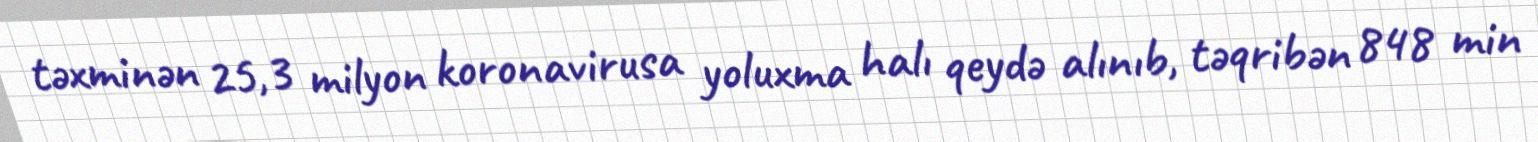
təxminən 25,3 milyon koronavirusa yoluxma halı qeydə alınıb, təqribən 848 min